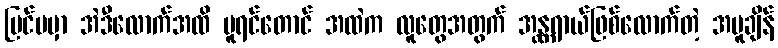
ပြင်ပမှာ အဲဒီလောက်အထိ ပူရင်တောင် အထဲက လူတွေအတွက် အန္တ္တရာယ်ဖြစ်လောက်တဲ့ အပူချိန်